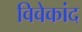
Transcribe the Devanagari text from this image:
विवेकांद